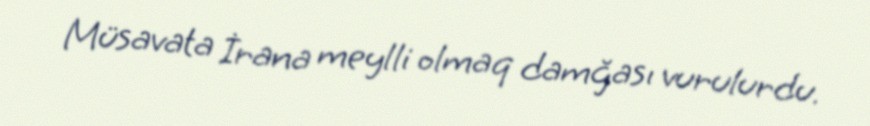
Müsavata İrana meylli olmaq damğası vurulurdu.